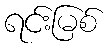
ရင်းမြစ်